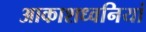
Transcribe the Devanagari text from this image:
आकाशध्वनियां